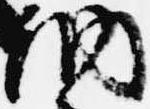
納